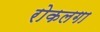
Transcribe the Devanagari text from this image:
रोकलगा